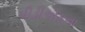
પીડીએફના